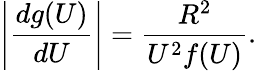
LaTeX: \left\vert\frac{dg(U)}{dU}\right\vert=\frac{R^{2}}{U^{2}f(U)}.